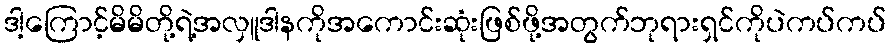
ဒါ့ကြောင့်မိမိတို့ရဲ့အလှူဒါနကိုအကောင်းဆုံးဖြစ်ဖို့အတွက်ဘုရားရှင်ကိုပဲကပ်ကပ်